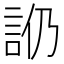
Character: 𧥰